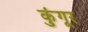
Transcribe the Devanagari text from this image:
कुंगूर